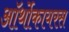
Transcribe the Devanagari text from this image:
ऑर्थोकायरस